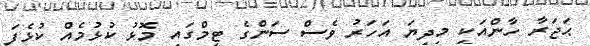
ޙަޖަރާ ހާންއަކީ މިދިޔަ އަހަރު ވެސް ސަންގެ ޓީމްގައި މޮޅު ކުޅުމެއް ކުޅެފަ